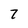
Character: 7